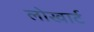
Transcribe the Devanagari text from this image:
लोखार्ट